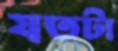
যতটা